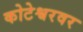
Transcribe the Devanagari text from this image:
कोटेश्वरवर